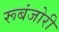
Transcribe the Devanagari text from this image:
रूबंजोरी